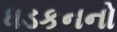
ધડકનનો